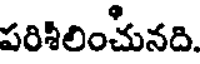
పరిశిలించునది.